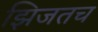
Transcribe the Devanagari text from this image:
झिजतच